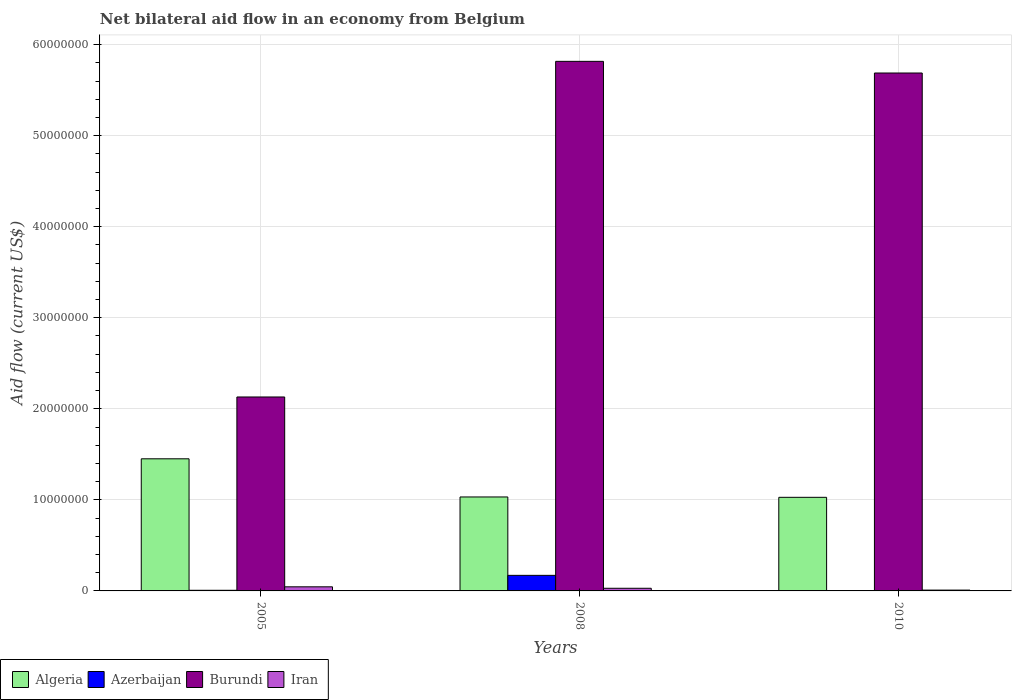
| Years | Algeria | Azerbaijan | Burundi | Iran |
 | --- | --- | --- | --- | --- |
 | 2005 | 1.45e+07 | 7e+04 | 2.13e+07 | 4.5e+05 |
 | 2008 | 1.03e+07 | 1.71e+06 | 5.82e+07 | 2.9e+05 |
 | 2010 | 1.03e+07 | 1e+04 | 5.69e+07 | 9e+04 |